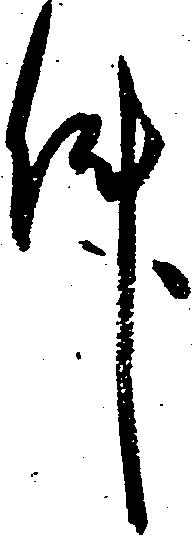
件